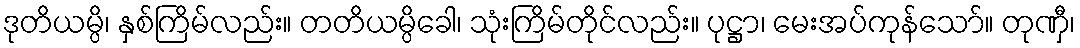
ဒုတိယမ္ပိ၊ နှစ်ကြိမ်လည်း။ တတိယမ္ပိခေါ၊ သုံးကြိမ်တိုင်လည်း။ ပုဋ္ဌာ၊ မေးအပ်ကုန်သော်။ တုဏှီ၊